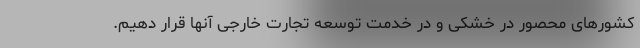
کشورهای محصور در خشکی و در خدمت توسعه تجارت خارجی آنها قرار دهیم.